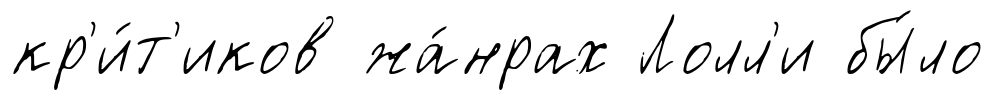
кр'и́т'иков жа́нрах Лолл'и бы́ло